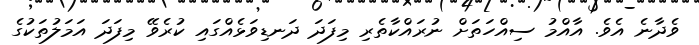
ވެދާނެ އެވެ. އާއްމު ސިއްހަތަށް ނުރައްކާތެރި މިފަދަ ދަނޑިވަޅެއްގައި ކުރެވޭ މިފަދަ އަމަލުތަކުގެ